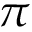
\pi